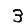
Digit: 3